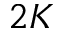
2 K